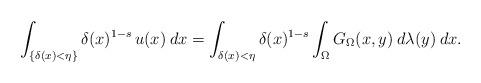
LaTeX: \begin{align*}\int_{\{\delta(x)<\eta\}}\delta(x)^{1-s}\, u(x)\:dx=\int_{\delta(x)<\eta}\delta(x)^{1-s}\int_\Omega G_\Omega(x,y)\:d\lambda(y)\:dx.\end{align*}